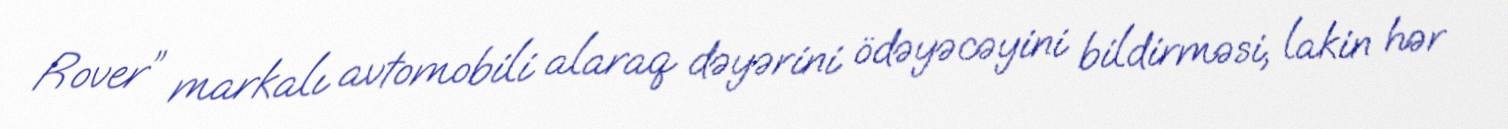
Rover” markalı avtomobili alaraq dəyərini ödəyəcəyini bildirməsi, lakin hər